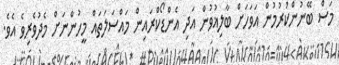
މަސް ބޭނުންކުރުމުން އަވަހަށް ބާލިޣުވުން އަދި އެންޑޯކްރައިން މައްސަލަތައް މީހުންނަށް މެދުވެރިވެ އެވެ.